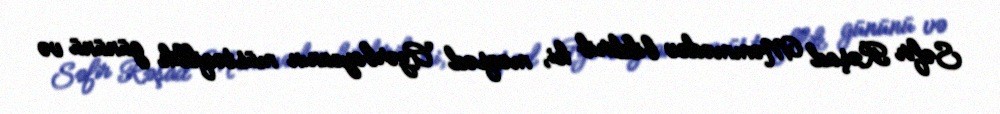
Səfir Rəşad Məmmədov bildirib ki, məqsəd Azərbaycanın müstəqillik gününü və